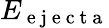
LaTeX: E_{\mathrm{~e~j~e~c~t~a~}}